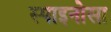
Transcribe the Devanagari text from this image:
स्पाइनोसा